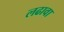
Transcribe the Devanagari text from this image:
लढावा